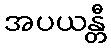
အပယန္တီ